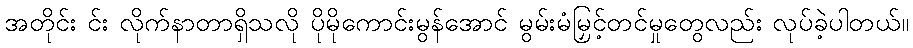
အတိုင်း င်း လိုက်နာတာရှိသလို ပိုမိုကောင်းမွန်အောင် မွမ်းမံမြှင့်တင်မှုတွေလည်း လုပ်ခဲ့ပါတယ်။